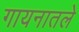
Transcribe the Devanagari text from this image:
गायनातले